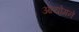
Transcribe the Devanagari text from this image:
आयोगने